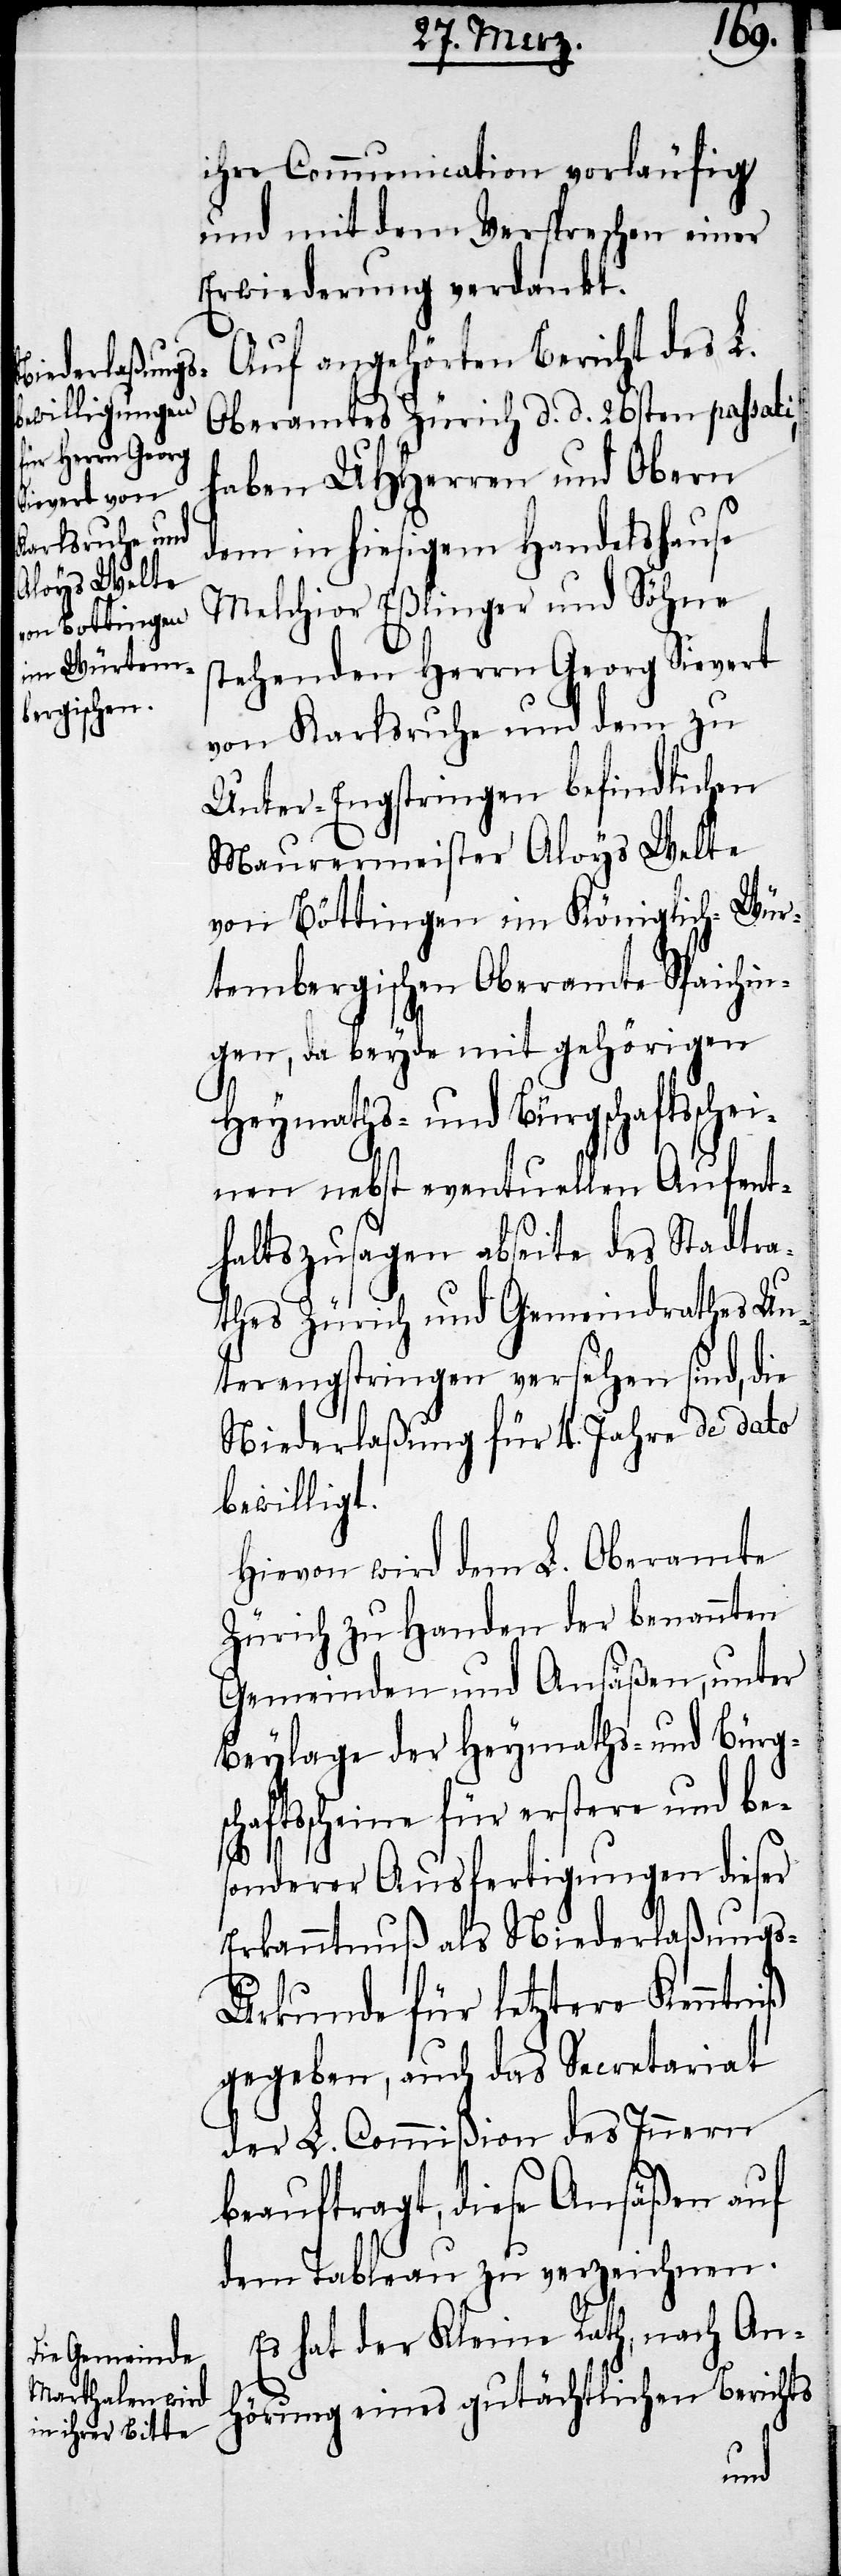
von Böttingen

ihre Communicaton vorläufig
und mit dem Versprechen einer
Erwiederung verdankt.
Auf angehörten Bericht des L.
Oberamtes Zürich d. d. 26sten passati,
haben UHHerren und Obern
dem in hiesigem Handelshause
Melchior Eßlinger und Söhne
stehenden Herrrn Georg Sievert
von Karlsruhe und dem zu
Unter-Engstringen befindlichen
Maurermeister Aloys Welte
tembergischen Oberamte Spaichin¬
gen, da beyde mit gehörigen
Heymaths- und Bürgschaftsschei¬
h-Wür¬
nen nebst eventuellen Aufent¬
haltszusagen abseite des Stadtra¬
thes Zürich und Gemeindrathes Un¬
terengstringen versehen sind, die
Niederlaßung für 4. Jahre de dato
bewilligt.
Hievon wird dem L. Oberamte
Zürich zu Handen der benannten
Gemeinden und Ansäßen, unter
Beylage der Heymaths- und Bürgsch¬
aftsscheine für erstere und be¬
sonderer Ausfertigungen dieser
Erkanntnuß als Niederlaßungs-U¬
rkunde für letztere Kenntniß
gegeben, auch das Secretariat
der L. Commißion des Innern
beauftragt, diese Ansäßen auf
dem Tableau zu verzeichnen.
Es hat der Kleine Rath, nach An¬
hörung eines gutächtlichen Berichts